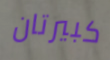
كبيرتان